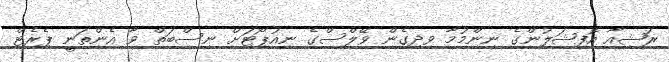
ރަޝިއާ އޮފިޝަލުންގެ ނިންމުމާ ވިދިގެން ވޭލްސްގެ ނިއުޕޯޓަށް ނިސްބަތް ވާ އެންތަނީ ޕެރެޓް